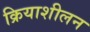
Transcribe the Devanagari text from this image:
क्रियाशीलन